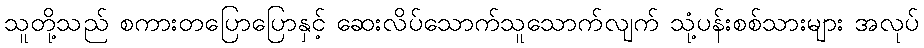
သူတို့သည် စကားတပြောပြောနှင့် ဆေးလိပ်သောက်သူသောက်လျက် သုံ့ပန်းစစ်သားများ အလုပ်